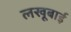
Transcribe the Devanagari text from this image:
लखूबाई